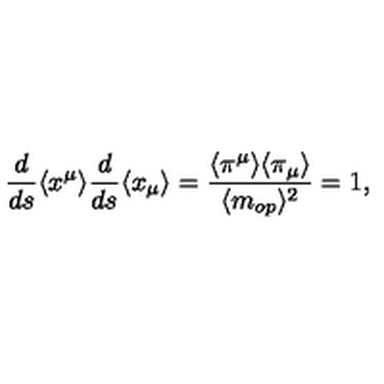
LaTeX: \frac { d } { d s } \langle x ^ { \mu } \rangle \frac { d } { d s } \langle x _ { \mu } \rangle = \frac { \langle \pi ^ { \mu } \rangle \langle \pi _ { \mu } \rangle } { \langle m _ { o p } \rangle ^ { 2 } } = 1 ,